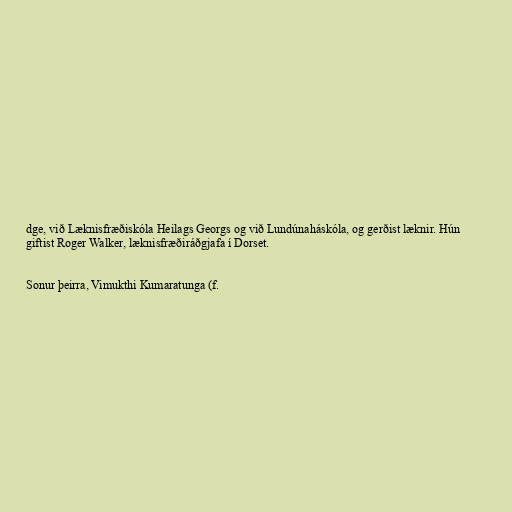
dge, við Læknisfræðiskóla Heilags Georgs og við Lundúnaháskóla, og gerðist læknir. Hún
giftist Roger Walker, læknisfræðiráðgjafa í Dorset.

Sonur þeirra, Vimukthi Kumaratunga (f.